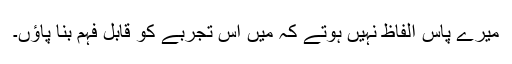
میرے پاس الفاظ نہیں ہوتے کہ میں اس تجربے کو قابل فہم بنا پاؤں۔